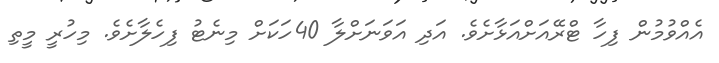
އެއްވުމުން ފިހާ ޓްރޭއަށްއަޅާށެވެ. އަދި އަވަނަށްލާ 40ހަކަށް މިނެޓު ފިހެލާށެވެ. މިހުރީ މީތި